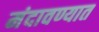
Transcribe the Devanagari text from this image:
मंदावण्यात